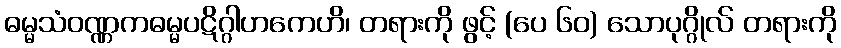
ဓမ္မသံဝဏ္ဏကဓမ္မပဋိဂ္ဂါဟကေဟိ၊ တရားကို ဖွင့် (ပေ ၆၀) သောပုဂ္ဂိုလ် တရားကို